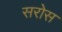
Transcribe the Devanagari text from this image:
सरोस